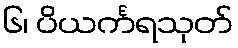
၆၊ ပိယင်္ကရသုတ်